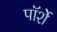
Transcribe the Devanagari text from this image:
पॉर्शे